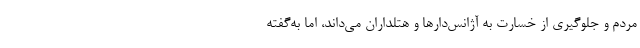
مردم و جلوگیری از خسارت به آژانس‌دارها و هتلداران می‌داند، اما به‌گفته